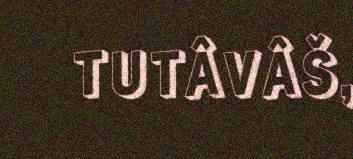
TUTÂVÂŠ,